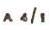
A 4/1